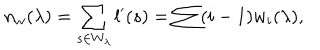
n _ { w } ( \lambda ) = \sum _ { s \in W _ { \lambda } } l ^ { \prime } ( s ) = \sum ( i - 1 ) w _ { i } ( \lambda ) ,